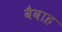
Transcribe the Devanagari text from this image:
वैवाह